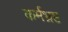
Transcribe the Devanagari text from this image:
कर्मभ्रष्ट